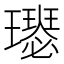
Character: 𤪴